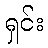
ရှင်း